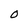
Character: O